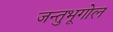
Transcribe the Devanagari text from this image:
जन्तुभूगोल